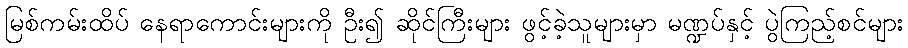
မြစ်ကမ်းထိပ် နေရာကောင်းများကို ဦး၍ ဆိုင်ကြီးများ ဖွင့်ခဲ့သူများမှာ မဏ္ဍပ်နှင့် ပွဲကြည့်စင်များ